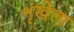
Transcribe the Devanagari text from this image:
शृंखेला